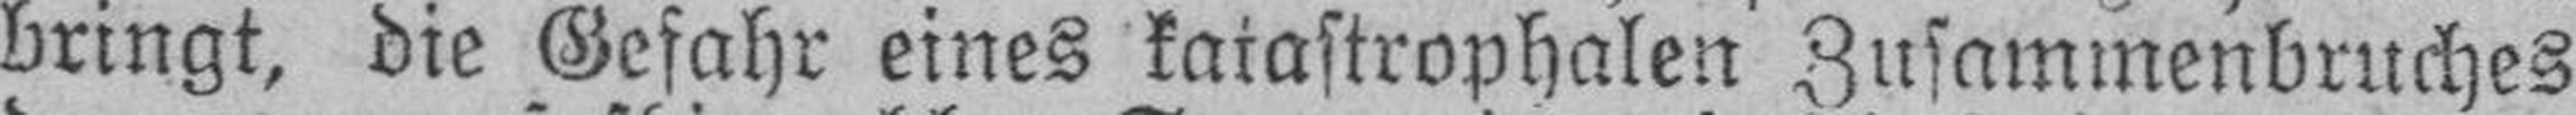
bringt, die Gefahr eines katastrophalen Zusammenbruches